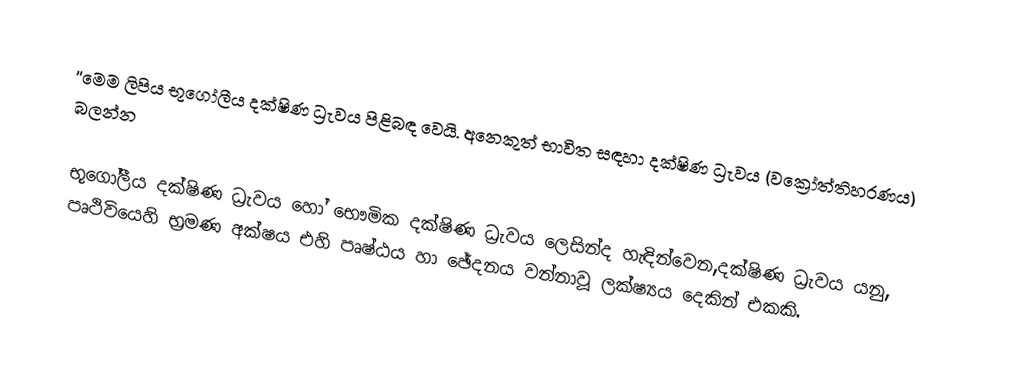
''මෙම ලිපිය භූගෝලීය දක්ෂිණ ධ්‍රැවය පිළිබඳ වෙයි. අනෙකුත් භාවිත සඳහා දක්ෂිණ ධ්‍රැවය (වක්‍රෝත්තිහරණය) බලන්න

භූගෝලීය දක්ෂිණ ධ්‍රැවය හෝ භෞමික දක්ෂිණ ධ්‍රැවය ලෙසින්ද හැඳින්වෙන,දක්ෂිණ ධ්‍රැවය යනු, පෘථිවියෙහි භ්‍රමණ අක්ෂය එහි පෘෂ්ඨය හා ඡේදනය වන්නාවූ ලක්ෂ්‍යය දෙකින් එකකි.